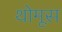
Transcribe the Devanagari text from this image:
थोमूस